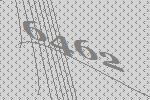
6462